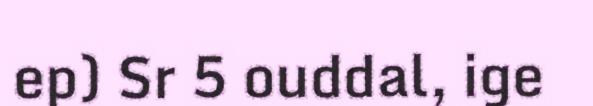
ep) Sr 5 ouddal, ige